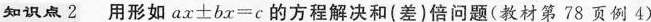
知识点2 用形如$$a x ± b x = c$$的方程解决和(差)倍问题(教材第78页例4)